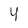
Character: 4